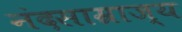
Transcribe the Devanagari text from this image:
नंदसाम्राज्य